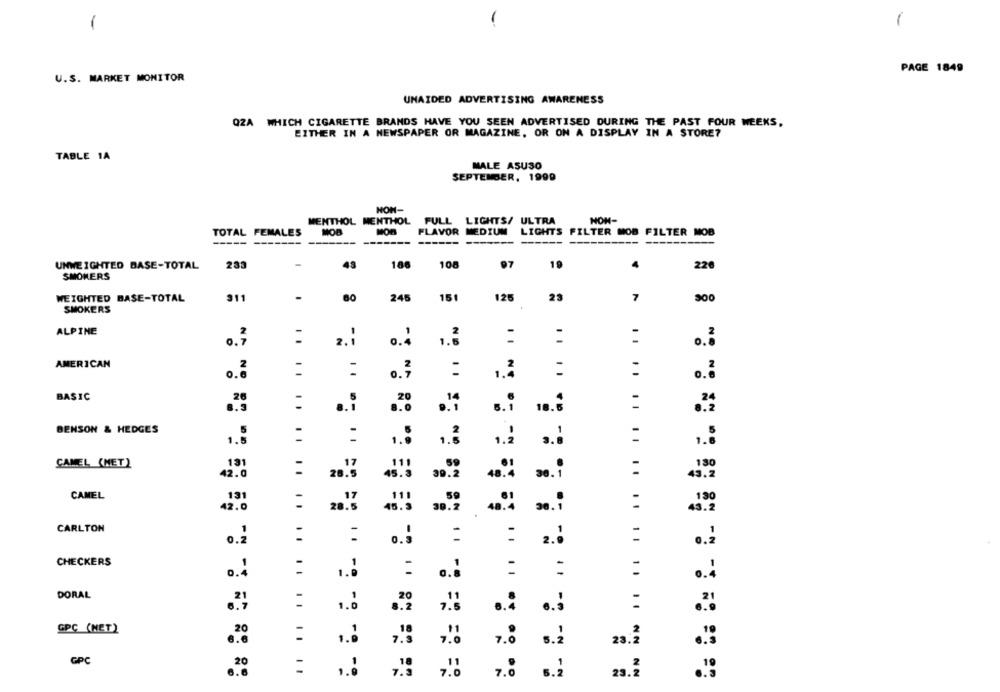
-
-
PAGE 1849
U.S. MARKET MONITOR
UNAIDED ADVERTISING AWARENESS
QZA WHICH CIGARETTE BRANDS HAVE YOU SEEN ADVERTISED DURING THE PAST FOUR WEEKS,
EITHER IN A NEWSPAPER OR MAGAZINE, OR ON A DISPLAY IN A STORE?
TABLE 1A
MALE ASUSO
SEPTEMBER, 1999
NOM-
MENTHOL MENTHOL FULL LIGHTS/ ULTRA
NON-
TOTAL FEMALES
MOB
MOR
FLAVOR MEDIUM
LIGHTS FILTER MOB FILTER MOB
-------
---
---
-
97
UNWE IGHTED BASE-TOTAL
233
166
108
19
4
220
SMOMERS
WEIGHTED BASE-TOTAL
311
-
80
245
151
126
23
7
300
SMOKERS
ALPINE
:
2.
0.4
:
:
AMERICAN
0.6
=
:
.. 2
26
BASIC
20
8.5
10.ª
:
..:
.. 0
BENSON & HEDGES
1.8
:
1.
CAMEL (MET)
131
130
42.0
28.'
43.2
CAMEL
131
130
:
42.0
20"3
45.2
CARLTON
-
:
0.2
2.
CHECKERS
0.4
:
:
:
..
DORAL
20
:
8. 2
7.
..:
.... .. .. .. ..
GPC (NET)
20
€.
7.0
7.0
5.2
23.2
GPC
20
.. .
1.0
7.0
29.2